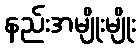
နည်းအမျိုးမျိုး